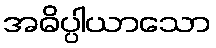
အဓိပ္ပါယာသော